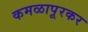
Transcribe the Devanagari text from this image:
कमळापूरकर